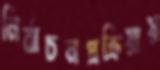
নির্বাচনপ্রক্রিয়ায়